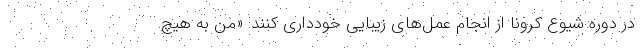
در دوره شیوع کرونا از انجام عمل‌های زیبایی خودداری کنند: «من به هیچ